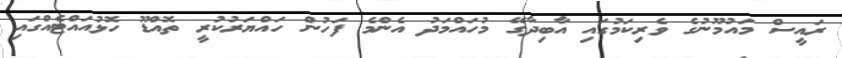
ރައީސް މައުމޫނުގެ ވެރިކަމުގައި އާބިދާގޭ މުހައްމަދު އެންމެ ފަހުން ހައްޔަރުކުރީ ތޮއްޑޫ ހޮޅުއައްޓެއްގައި